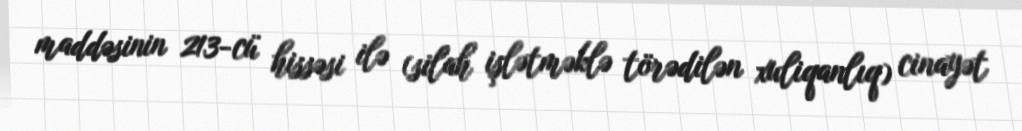
maddəsinin 213-cü hissəsi ilə (silah işlətməklə törədilən xuliqanlıq) cinayət